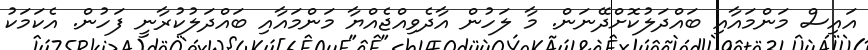
އައިސް މަންމައާއި ބައްދަލުކޮށްދޭނަން. މާ ލަހުން އާދެވިއްޖެއްޔާ މަންމައާއި ބައްދަލުކުރާނީ ފަހުން. އެކަމަކު